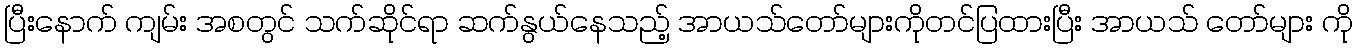
ပြီးနောက် ကျမ်း အစတွင် သက်ဆိုင်ရာ ဆက်နွယ်နေသည့် အာယသ်တော်များကိုတင်ပြထားပြီး အာယသ် တော်များ ကို